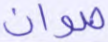
صوان